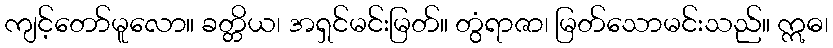
ကျင့်တော်မူလော။ ခတ္တိယ၊ အရှင်မင်းမြတ်။ တွံရာဇာ၊ မြတ်သောမင်းသည်။ ဣဓ၊